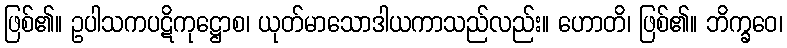
ဖြစ်၏။ ဥပါသကပဋိကုဋ္ဌောစ၊ ယုတ်မာသောဒါယကာသည်လည်း။ ဟောတိ၊ ဖြစ်၏။ ဘိက္ခဝေ၊